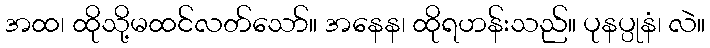
အထ၊ ထိုသို့မထင်လတ်သော်။ အနေန၊ ထိုရဟန်းသည်။ ပုနပ္ပုနံ၊ လဲ။